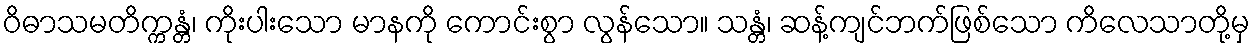
ဝိဓာသမတိက္ကန္တံ၊ ကိုးပါးသော မာနကို ကောင်းစွာ လွန်သော။ သန္တံ၊ ဆန့်ကျင်ဘက်ဖြစ်သော ကိလေသာတို့မှ